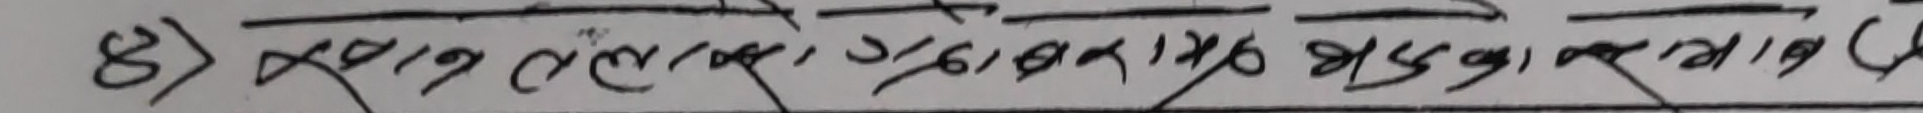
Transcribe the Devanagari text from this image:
8) स्थानिय तहलाई योजना तर्जुमा मार्गदर्शन (द)